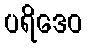
ပရိဒေဝ